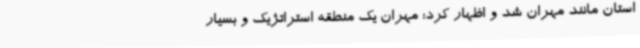
استان مانند مهران شد و اظهار کرد: مهران یک منطقه استراتژیک و بسیار